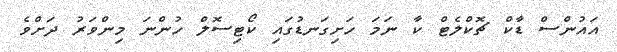
އައުންސް ޑާކް ޗޮކްލެޓް ކާ ނަމަ ހަށިގަނޑުގައި ކޯޓިސޮލް ހުންނަ މިންވަރު ދަށްވެ